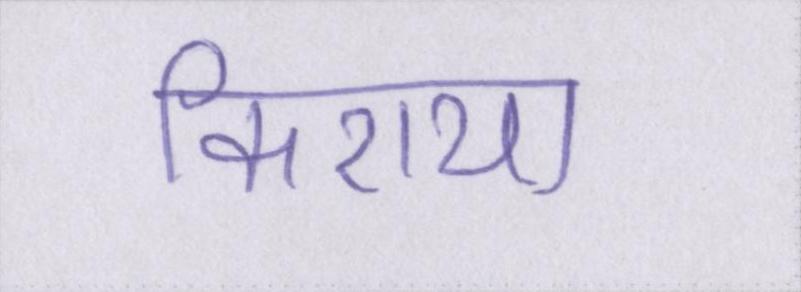
किराया